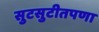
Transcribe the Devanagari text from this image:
सुटसुटीतपणा